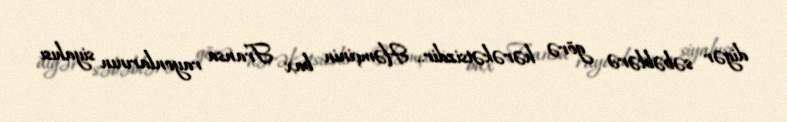
digər səbəblərə görə hərəkətsizdir.. Həmçinin bax Fransa rayonlarının siyahısı